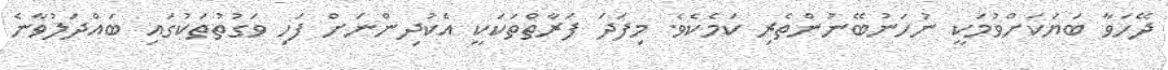
ދޭހަވާ ބަޔަކަށްވުމަކީ ނުހަނުބޭނުންތެރި ކަމެކެވެ. މިފަދަ ފަރާތްތަކަކީ އެކުދިންނަށް ފަހި ވަގުތުތަކުގައި ބައްދަލުވާނެ